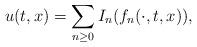
LaTeX: \begin{align*} u(t,x)=\sum_{n\geq 0}I_n(f_n(\cdot,t,x)),\end{align*}